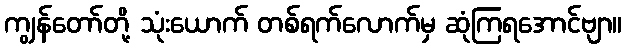
ကျွန်တော်တို့ သုံးယောက် တစ်ရက်လောက်မှ ဆုံကြရအောင်ဗျာ။